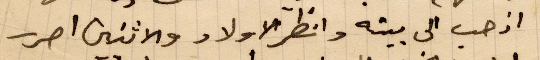
اذهب الى بيته وانظر الأولاد والاثنين احرر